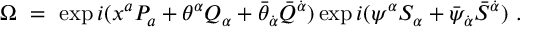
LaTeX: \Omega \ = \ \exp i ( x ^ { a } P _ { a } + \theta ^ { \alpha } Q _ { \alpha } + \bar { \theta } _ { \dot { \alpha } } \bar { Q } ^ { \dot { \alpha } } ) \exp i ( \psi ^ { \alpha } S _ { \alpha } + \bar { \psi } _ { \dot { \alpha } } \bar { S } ^ { \dot { \alpha } } ) \ .